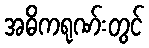
အဓိကရုဏ်းတွင်